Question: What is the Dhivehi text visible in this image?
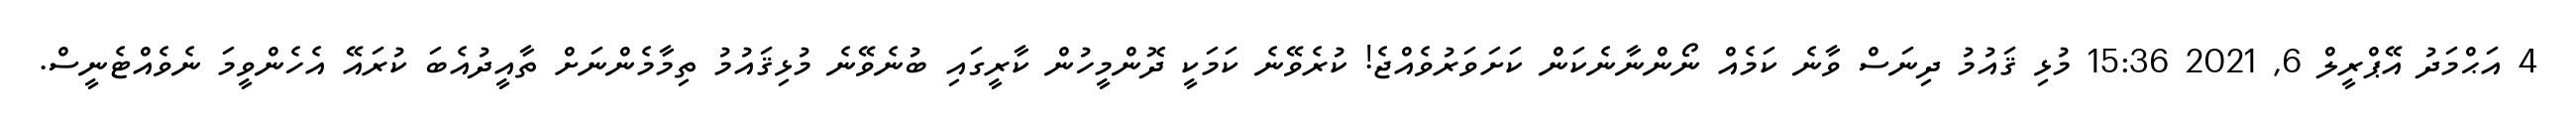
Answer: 4 އަޙްމަދު އޭޕްރީލް 6, 2021 15:36 މުޅި ޤައުމު ދިނަސް ވާނެ ކަމެއް ނޯންނާނެކަން ކަށަވަރުވެއްޖެ! ކުރެވޭނެ ކަމަކީ ދޮންމީހުން ކާރީގައި ބުނެވޭނެ މުޅިޤައުމު ތިމާމެންނަށް ތާއީދުއެބަ ކުރައޭ އެހެންވީމަ ނެވެއްޓެނީސް.